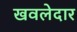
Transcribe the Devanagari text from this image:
खवलेदार